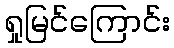
ရှုမြင်ကြောင်း